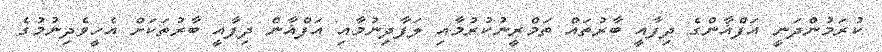
ކުރަމުންދަނީ އަފްޣާންގެ ދިފާއީ ބާރުތައް ތަމްރީނުކުރުމާއި ލަފާދިނުމާއި އަފްޣާން ދިފާއީ ބާރުތަކަށް އެހީވެދިނުމުގެ